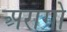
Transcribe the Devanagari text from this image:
अरागो